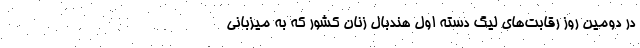
در دومین روز رقابت‌های لیگ دسته اول هندبال زنان کشور که به میزبانی